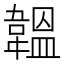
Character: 韞